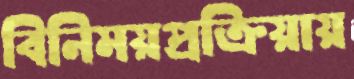
বিনিময়প্রক্রিয়ায়